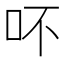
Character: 吥